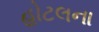
હોટલના